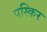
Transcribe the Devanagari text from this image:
पस्किर